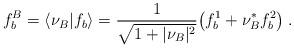
LaTeX: \begin{align*}f_b^B=\langle\nu_B\vert f_b\rangle={1\over\sqrt{1+\vert\nu_B\vert^2}}\bigl(f_b^1+\nu_B^*f_b^2\bigr)\;.\end{align*}